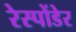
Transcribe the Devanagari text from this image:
रेस्पोंडेर